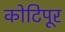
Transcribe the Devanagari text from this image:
कोटिपूर